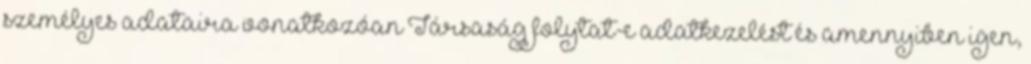
személyes adataira vonatkozóan Társaság folytat-e adatkezelést és amennyiben igen,